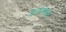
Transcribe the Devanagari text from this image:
इनसेक्ट